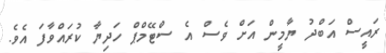
ރައީސް އަބްދު ޔާމީން އަށް ވެސް އެ ސްޓޭމްޕް ހަދިޔާ ކުރައްވާފަ އެވެ.